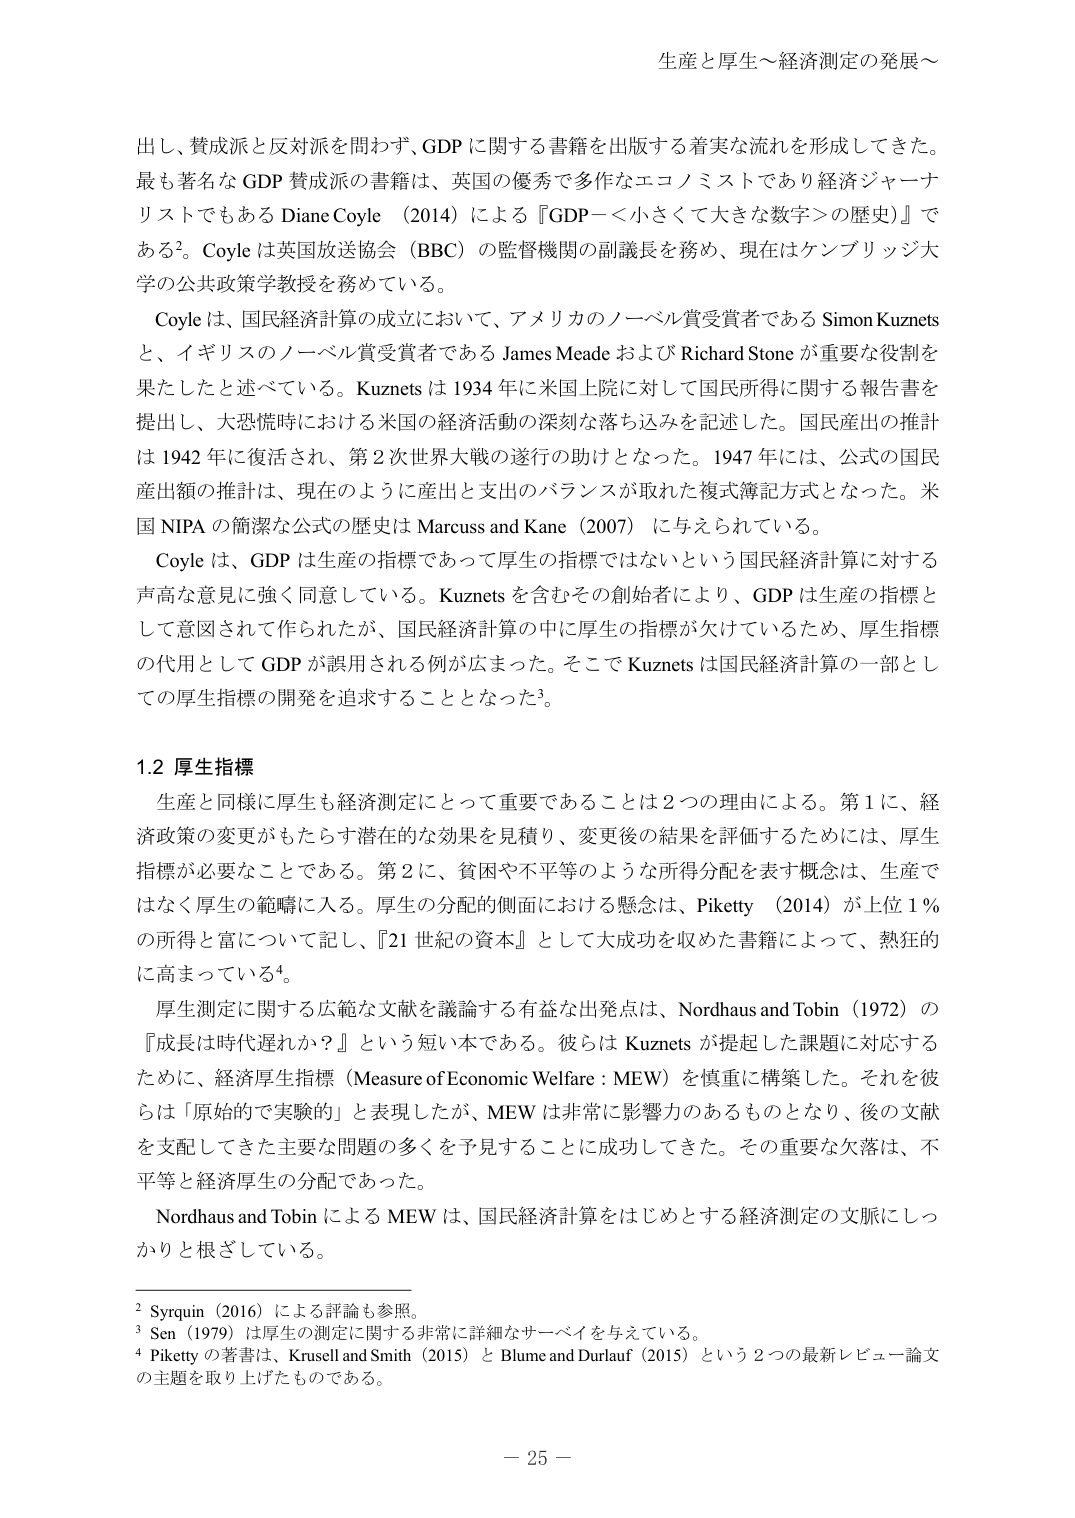
生産と厚生～経済測定の発展～

出し、賛成派と反対派を問わず、GDPに関する書籍を出版する着実な流れを形成してきた。最も著名なGDP賛成派の書籍は、英国の優秀で多作なエコノミストであり経済ジャーナリストでもあるDiane Coyle（2014）による『GDP－＜小さくて大きな数字＞の歴史』である²。Coyleは英国放送協会（BBC）の監督機関の副議長を務め、現在はケンブリッジ大学の公共政策学教授を務めている。

Coyleは、国民経済計算の成立において、アメリカのノーベル賞受賞者であるSimon Kuznetsと、イギリスのノーベル賞受賞者であるJames MeadeおよびRichard Stoneが重要な役割を果たしたと述べている。Kuznetsは1934年に米国上院に対して国民所得に関する報告書を提出し、大恐慌時における米国の経済活動の深刻な落ち込みを記述した。国民産出の推計は1942年に復活され、第2次世界大戦の遂行の助けとなった。1947年には、公式の国民産出額の推計は、現在のように産出と支出のバランスが取れた複式簿記方式となった。米国NIPAの簡潔な公式の歴史はMarcuss and Kane（2007）に与えられている。

Coyleは、GDPは生産の指標であって厚生の指標ではないという国民経済計算に対する声高な意見に強く同意している。Kuznetsを含むその創始者により、GDPは生産の指標として意図されて作られたが、国民経済計算の中に厚生の指標が欠けているため、厚生指標の代用としてGDPが誤用される例が広まった。そこでKuznetsは国民経済計算の一部としての厚生指標の開発を追求することとなった³。

1.2 厚生指標

生産と同様に厚生も経済測定にとって重要であることは2つの理由による。第1に、経済政策の変更がもたらす潜在的な効果を見積り、変更後の結果を評価するためには、厚生指標が必要なことである。第2に、貧困や不平等のような所得分配を表す概念は、生産ではなく厚生の範疇に入る。厚生の分配の側面における懸念は、Piketty（2014）が上位1％の所得と富について記し、『21世紀の資本』として大成功を収めた書籍によって、熱狂的に高まっている⁴。

厚生測定に関する広範な文献を議論する有益な出発点は、Nordhaus and Tobin（1972）の『成長は時代遅れか？』という短い本である。彼らはKuznetsが提起した課題に対応するために、経済厚生指標（Measure of Economic Welfare：MEW）を慎重に構築した。それを彼らは「原始的で実験的」と表現したが、MEWは非常に影響力のあるものとなり、後の文献を支配してきた主要な問題の多くを予見することに成功してきた。その重要な欠落は、不平等と経済厚生の分配であった。

Nordhaus and TobinによるMEWは、国民経済計算をはじめとする経済測定の文脈にしっかりと根ざしている。

² Syrquin（2016）による評論も参照。
³ Sen（1979）は厚生の測定に関する非常に詳細なサーベイを与えている。
⁴ Pikettyの著書は、Krusell and Smith（2015）とBlume and Durlauf（2015）という2つの最新レビュー論文の主題を取り上げたものである。

－ 25 －